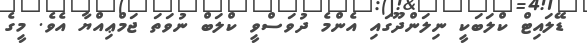
ޑޭލައިޓް ކްލަބަކީ ނިލަންދޫގައި އެންމެ ދުވަސްވީ ކްލަބް ނުވަތަ ޖަމްޢިއްޔާ އެވެ. މީގެ